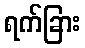
ရက်ခြား